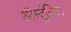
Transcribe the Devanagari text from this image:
ऑस्ट्रंलिया